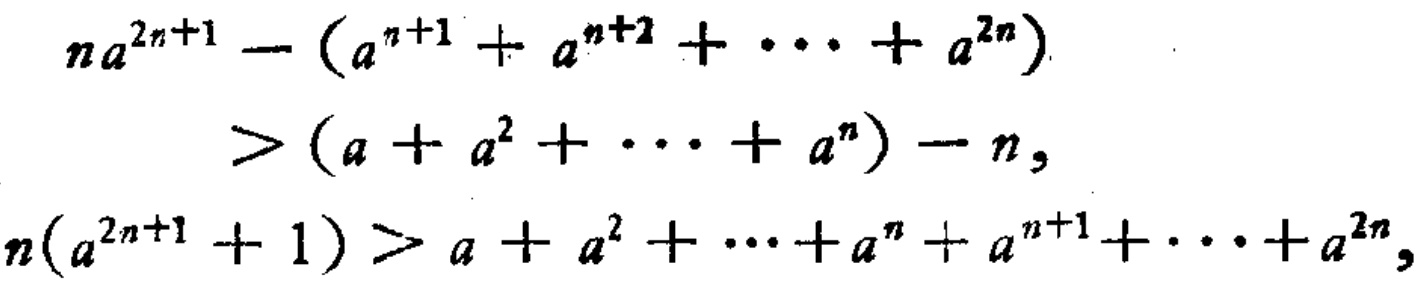
\[

\begin{align*}

na^{2n + 1}-(a^{n + 1}+a^{n + 2}+\cdots+a^{2n})&>(a + a^{2}+\cdots+a^{n})-n,\\

n(a^{2n + 1}+1)&>a + a^{2}+\cdots+a^{n}+a^{n + 1}+\cdots+a^{2n},

\end{align*}

\]